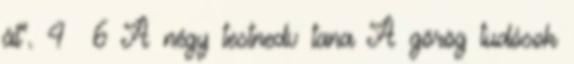
át”. 4 6 A négy testnedv tana A görög tudósok